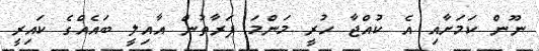
ނޫން ކަަމަށާއި އެ ކުއްޖާ ހުރީ މަންމަ ފަރާތުން އާއިލީ ބައެއްގެ ކައިރީ